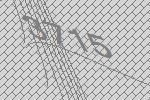
3715